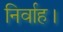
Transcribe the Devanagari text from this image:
निर्वाह।